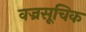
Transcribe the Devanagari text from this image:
वज्रसूचिक